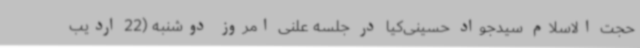
حجت الاسلام سیدجواد حسینی‌کیا در جلسه علنی امروز دوشنبه (22 اردیب